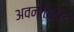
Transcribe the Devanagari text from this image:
अवन्तिखंड